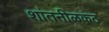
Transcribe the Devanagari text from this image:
शांतनीळकंठ